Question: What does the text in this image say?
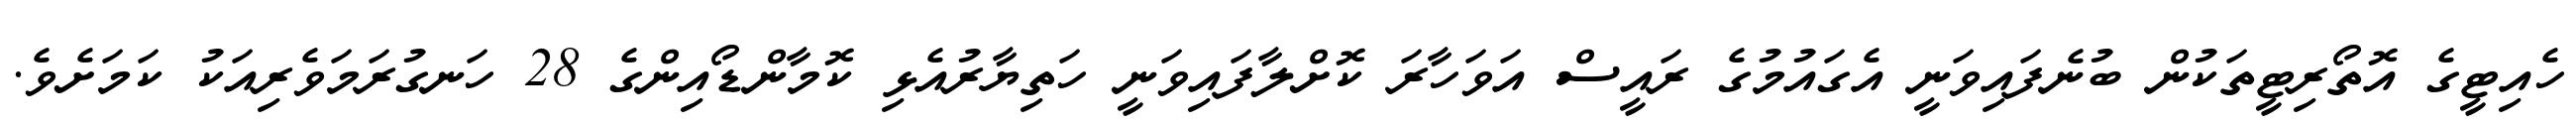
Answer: ހެއިޓީގެ އޮތޯރިޓީތަކުން ބުނެފައިވަނީ އެގައުމުގެ ރައީސް އަވަހާރަ ކޮށްލާފައިވަނީ ހަތިޔާރުއެޅި ކޮމާންޑޯއިންގެ 28 ހަނގުރަމަވެރިއަކު ކަމަށެވެ.